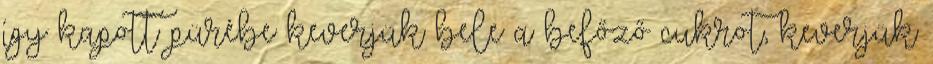
így kapott pürébe keverjük bele a befőző cukrot, keverjük